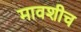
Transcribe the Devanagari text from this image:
मावशीच